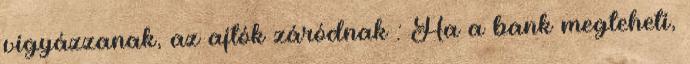
vigyázzanak, az ajtók záródnak : Ha a bank megteheti,